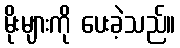
မိုးများကို ပေးခဲ့သည်။